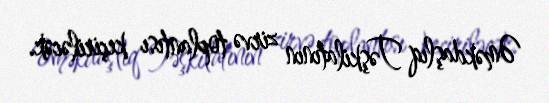
Əməkdaşlıq Təşkilatının zirvə toplantısı keçiriləcək.